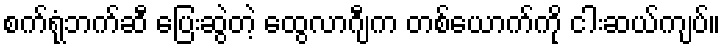
စက်ရုံဘက်ဆီ ပြေးဆွဲတဲ့ ထွေလာဂျီက တစ်ယောက်ကို ငါးဆယ်ကျပ်။